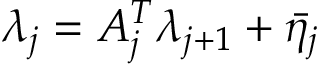
\lambda _ { j } = A _ { j } ^ { T } \lambda _ { j + 1 } + \bar { \eta _ { j } }